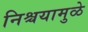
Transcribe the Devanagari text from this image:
निश्चयामुळे